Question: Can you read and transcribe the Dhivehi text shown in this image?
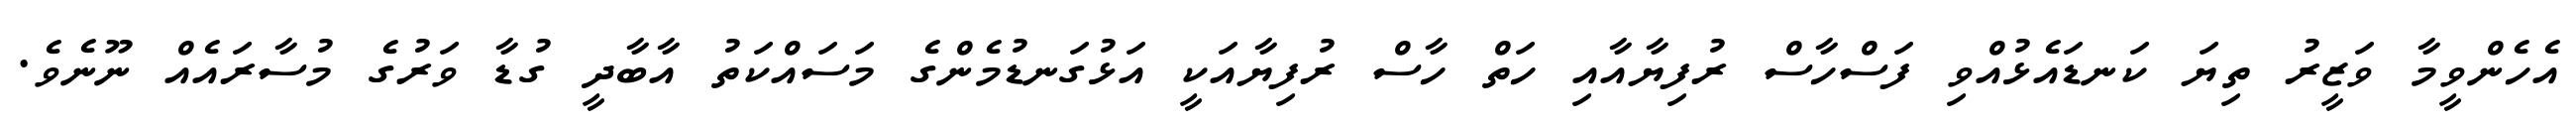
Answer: އެހެންވީމާ ވަޒީރު ތިޔަ ކަނޑައެޅުއްވި ފަސްހާސް ރުފިޔާއާއި ހަތް ހާސް ރުފިޔާއަކީ އަޅުގަނޑުމެންގެ މަސައްކަތު އާބާދީ ގުޑާ ވަރުގެ މުސާރައެއް ނޫނެވެ.